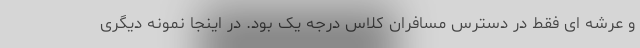
و عرشه اِی فقط در دسترس مسافران کلاس درجه یک بود. در اینجا نمونه دیگری